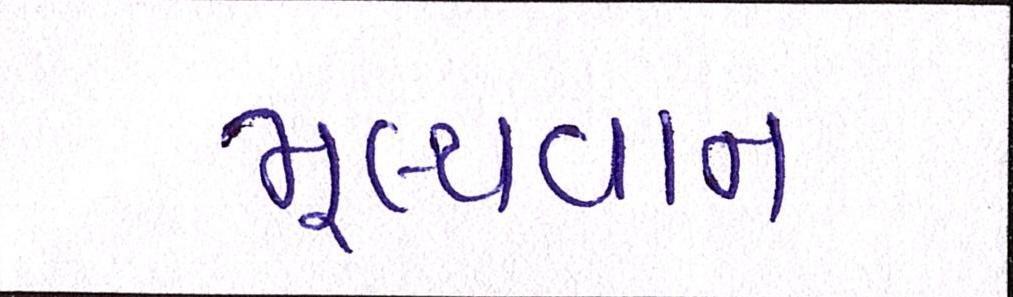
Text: મૂલ્યવાન